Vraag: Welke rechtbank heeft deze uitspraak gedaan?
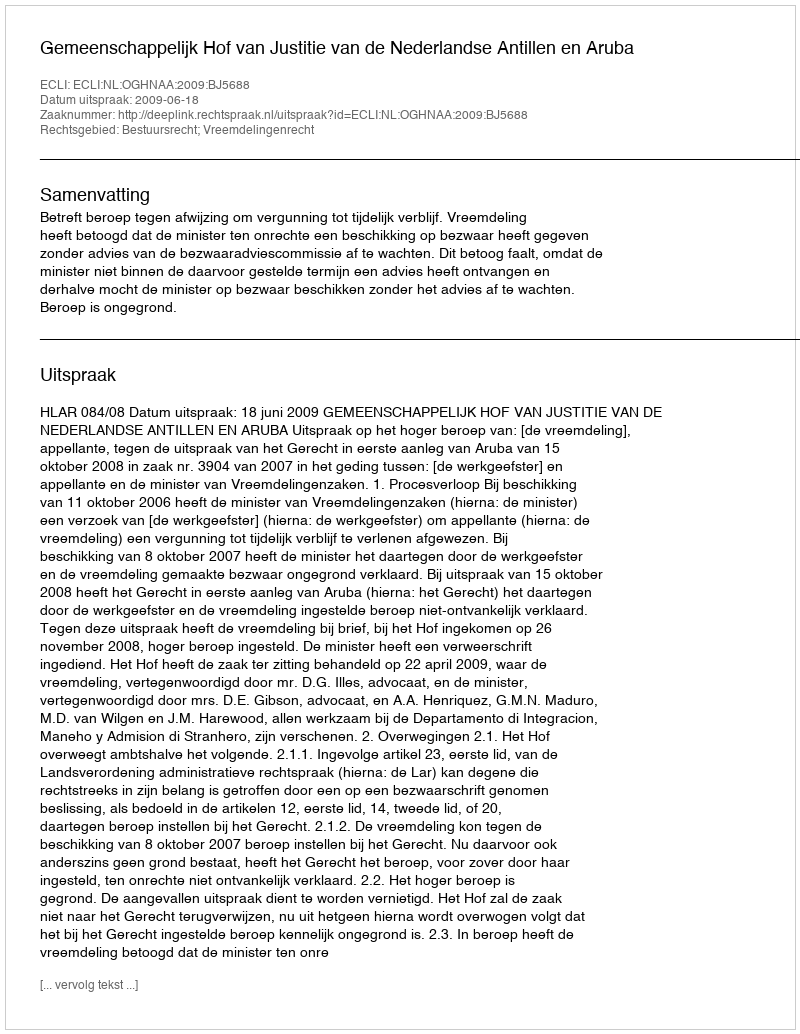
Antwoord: Gemeenschappelijk Hof van Justitie van de Nederlandse Antillen en Aruba